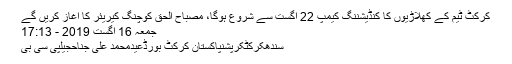
کرکٹ ٹیم کے کھلاڑیوں کا کنڈیشننگ کیمپ 22 اگست سے شروع ہوگا، مصباح الحق کوچنگ کیریئر کا آغاز کریں گے
جمعہ 16 اگست 2019 - 17:13
سندھکرکٹکرپشنپاکستان کرکٹ بورڈعیدمحمد علی جناحجیلپی سی بی